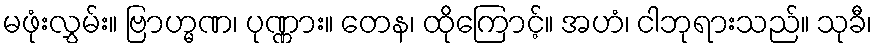
မဖုံးလွှမ်း။ ဗြာဟ္မဏ၊ ပုဏ္ဏား။ တေန၊ ထိုကြောင့်။ အဟံ၊ ငါဘုရားသည်။ သုခီ၊